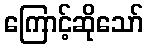
ကြောင့်ဆိုသော်